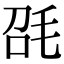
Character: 𣬸